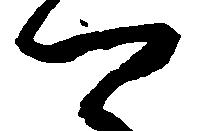
可